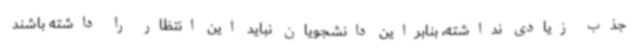
جذب زیادی نداشته، بنابراین دانشجویان نباید این انتظار را داشته باشند